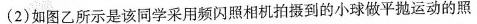
(2)如图乙所示是该同学采用频闪照相机拍摄到的小球做平抛运动的照